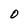
Character: O